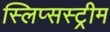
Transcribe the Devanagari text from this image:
स्लिप्सस्ट्रीम